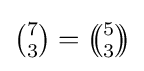
{\textstyle {\binom {7}{3}}=\left(\!\!{\binom {5}{3}}\!\!\right)}